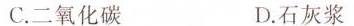
C.二氧化碳 D.石灰浆